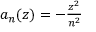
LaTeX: \textstyle { a _ { n } ( z ) = - { \frac { z ^ { 2 } } { n ^ { 2 } } } }